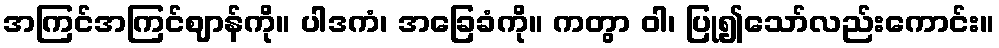
အကြင်အကြင်ဈာန်ကို။ ပါဒကံ၊ အခြေခံကို။ ကတွာ ဝါ၊ ပြု၍သော်လည်းကောင်း။